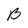
Character: B